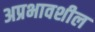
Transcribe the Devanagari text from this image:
अप्रभावशील